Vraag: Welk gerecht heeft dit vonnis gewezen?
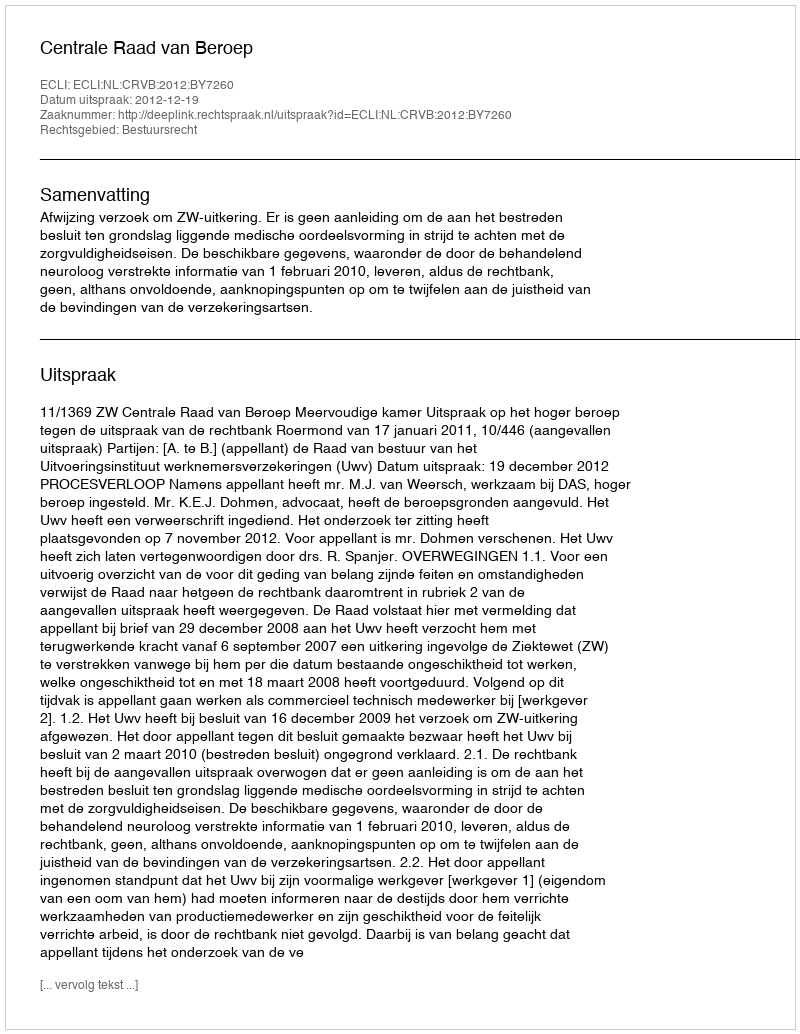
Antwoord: Centrale Raad van Beroep